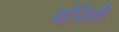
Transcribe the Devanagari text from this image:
ढोरेही